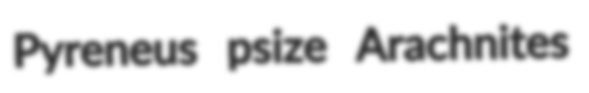
Pyreneus psize Arachnites